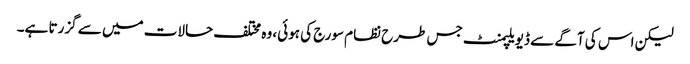
لیکن اس کی آگے سے ڈیویلپمنٹ جس طرح نظام سورج کی ہوئی، وہ مختلف حالات میں سے گزرتا ہے۔